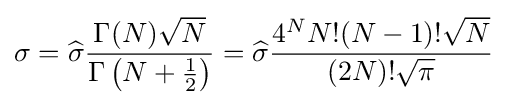
\sigma ={\widehat {\sigma }}{\frac {\Gamma (N){\sqrt {N}}}{\Gamma \left(N+{\frac {1}{2}}\right)}}={\widehat {\sigma }}{\frac {4^{N}N!(N-1)!{\sqrt {N}}}{(2N)!{\sqrt {\pi }}}}